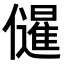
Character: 𭀌